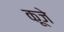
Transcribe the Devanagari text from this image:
कूजे